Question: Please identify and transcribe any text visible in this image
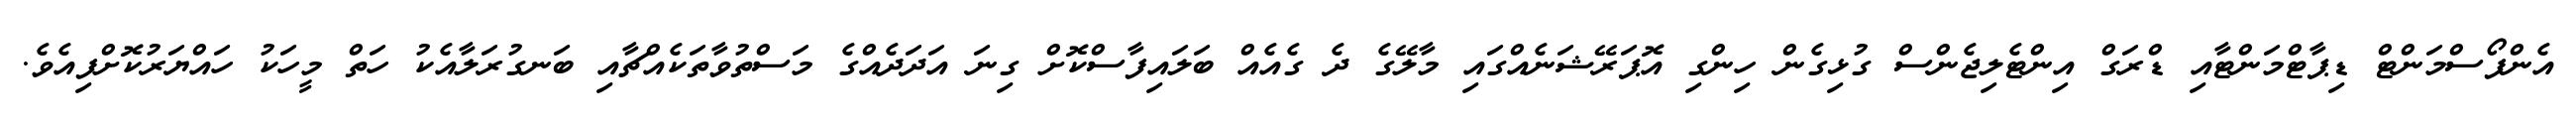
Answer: އެންފޯސްމަންޓް ޑިޕާޓްމަންޓާއި ޑްރަގް އިންޓެލިޖެންސް ގުޅިގެން ހިންގި އޮޕަރޭޝަނެއްގައި މާލޭގެ ދެ ގެއެއް ބަލައިފާސްކޮށް ގިނަ އަދަދެއްގެ މަސްތުވާތަކެއްޗާއި ބަނގުރަލާއެކު ހަތް މީހަކު ހައްޔަރުކޮށްފިއެވެ.